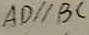
A D / / B C